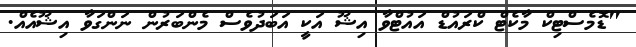
"ޑޮމެސްޓިކް މާކެޓް ކްރައުޑް އައުޓްވާ އިޝޫ އަކީ އަބަދުވެސް މެންބަރުން ނަންގަވާ އިޝޫއެއް.